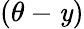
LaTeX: (\theta-\mathit{y})